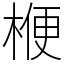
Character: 楩